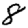
Digit: 8